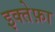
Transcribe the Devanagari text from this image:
इक्तेफ़ा